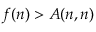
f ( n ) > A ( n , n )